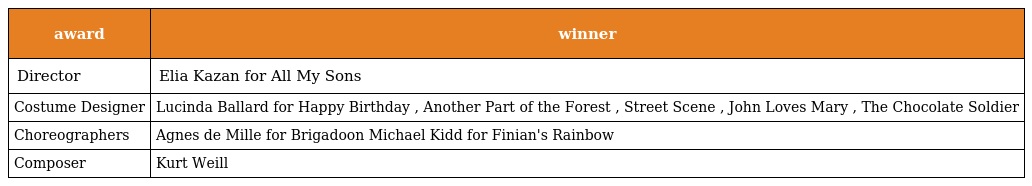
| award | winner |
 | --- | --- |
 | Director | Elia Kazan for All My Sons |
 | Costume Designer | Lucinda Ballard for Happy Birthday , Another Part of the Forest , Street Scene , John Loves Mary , The Chocolate Soldier |
 | Choreographers | Agnes de Mille for Brigadoon Michael Kidd for Finian's Rainbow |
 | Composer | Kurt Weill |